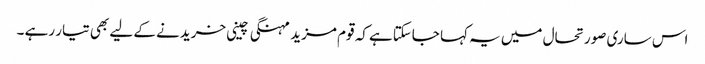
اس ساری صورتحال میں یہ کہا جاسکتاہے کہ قوم مزید مہنگی چینی خریدنے کے لیے بھی تیار رہے ۔